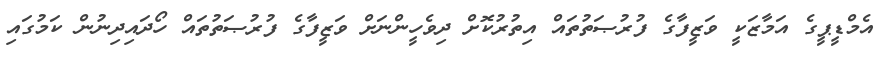
އެމްޑީޕީގެ އަމާޒަކީ ވަޒީފާގެ ފުރުޞަތުތައް އިތުރުކޮށް ދިވެހީންނަށް ވަޒީފާގެ ފުރުޞަތުތައް ހޯދައިދިނުން ކަމުގައި